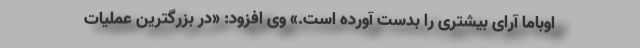
اوباما آرای بیشتری را بدست آورده است.» وی افزود: «در بزرگترین عملیات